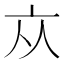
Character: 𠅃